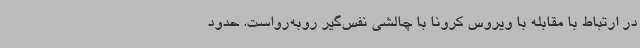
در ارتباط با مقابله با ویروس کرونا با چالشی نفس‌گیر روبه‌رواست. حدود